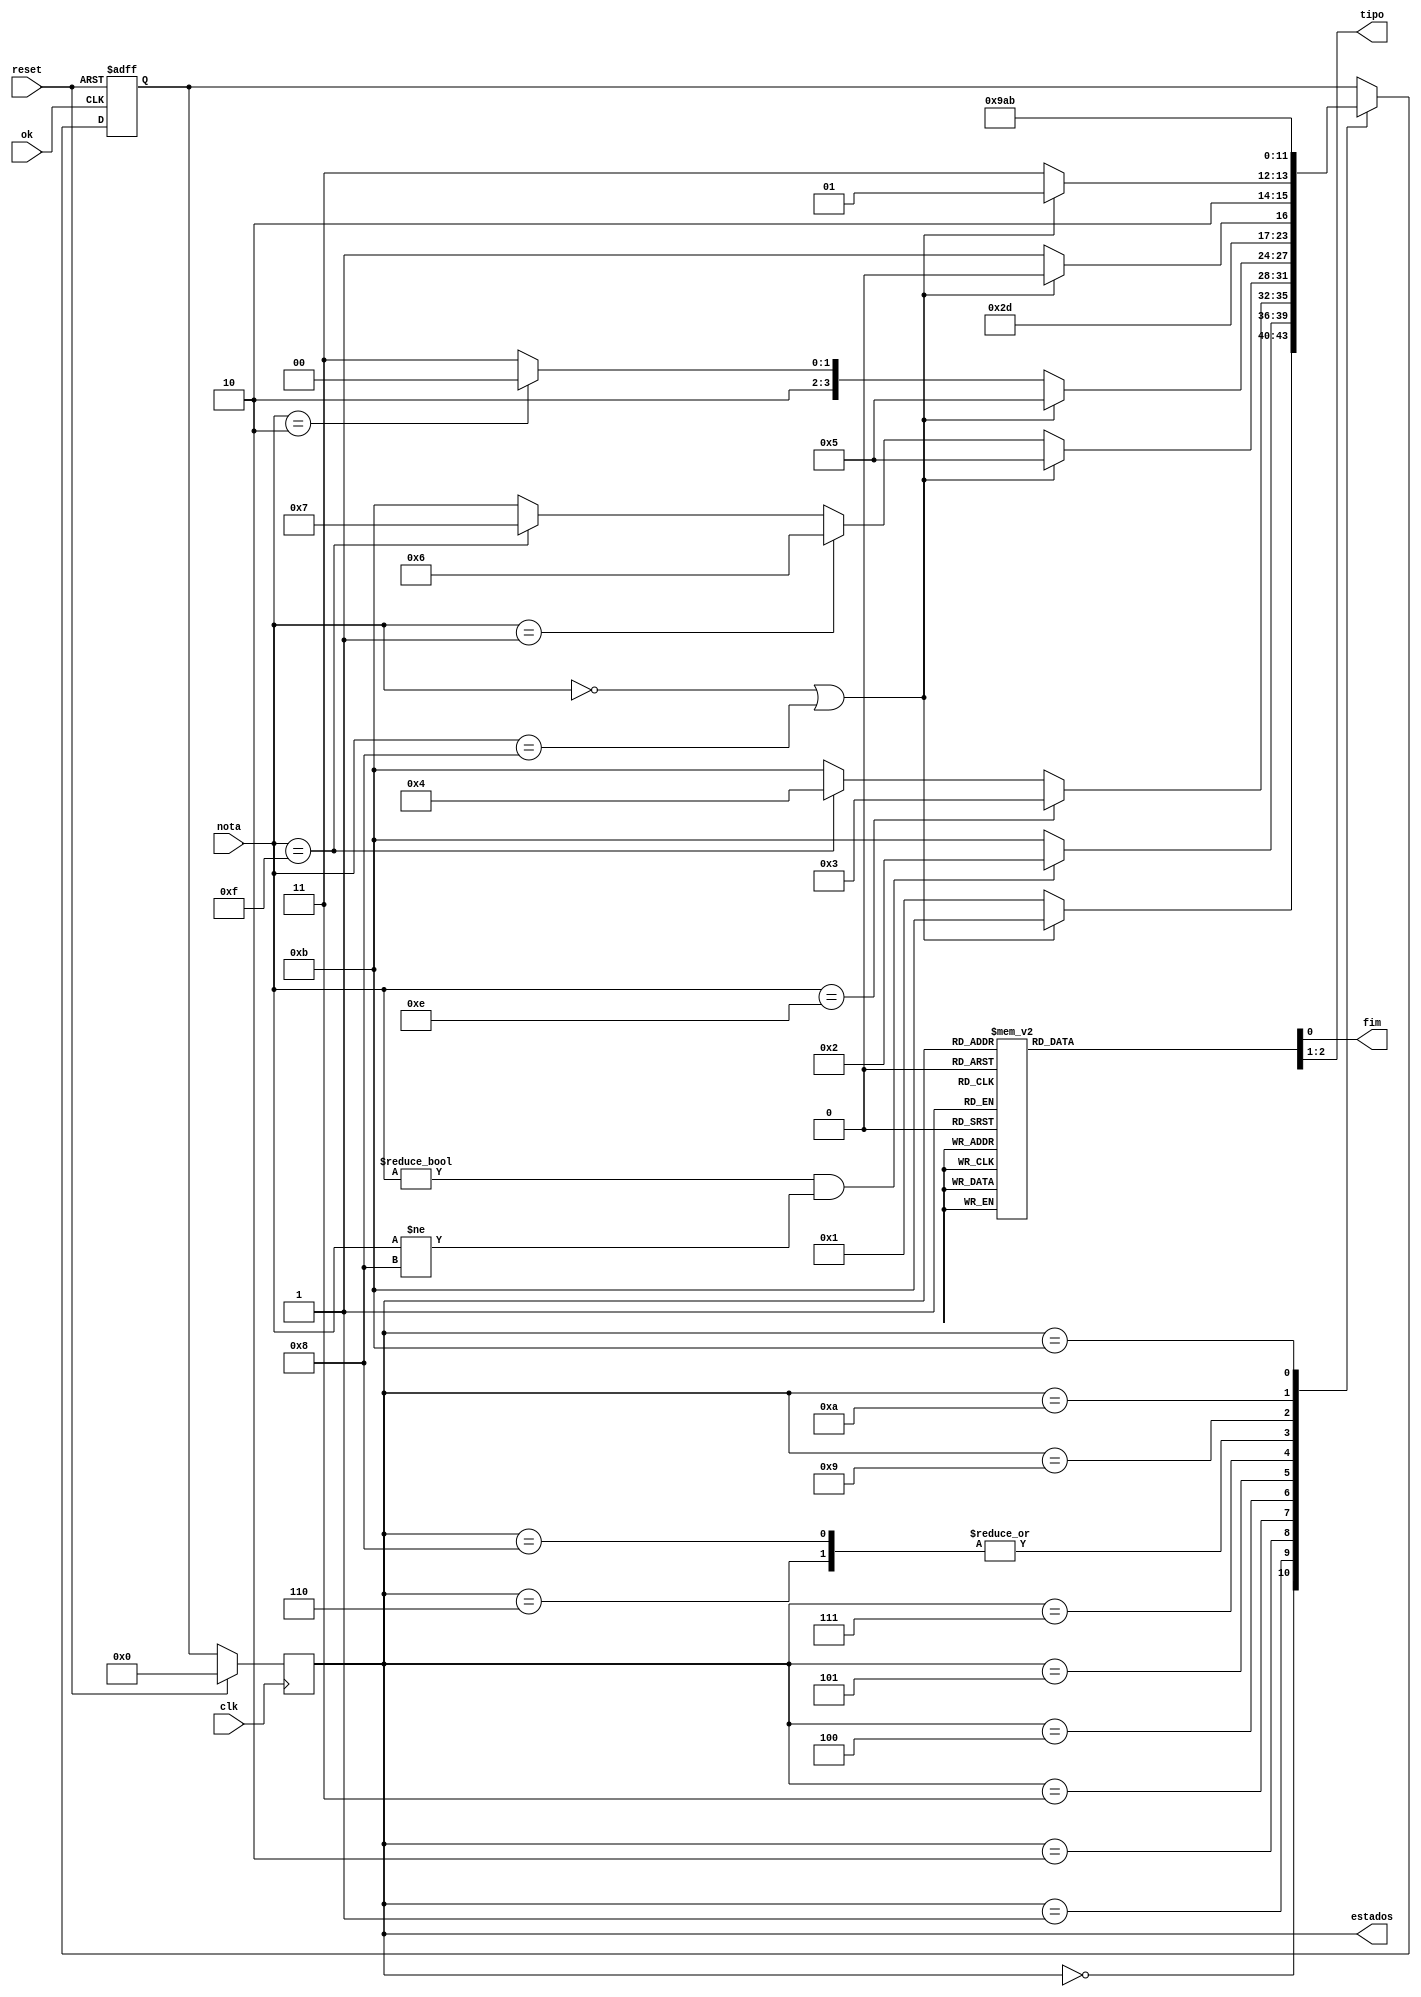
module tp2(clk,reset,ok,nota,fim,tipo,estados);
    input wire ok,reset, clk;
	input  wire [3:0] nota;
	output reg fim;
	output reg [1:0] tipo;
	

	parameter 			    estado_inicial    = 4'b0000,
	                        estado_nota1      = 4'b0001,
	                        estado_nota2      = 4'b0010, 
 	                        estado_nota3_la   = 4'b0011,
	                        estado_nota3_si   = 4'b0100,
							estado_adj	      = 4'b0101,
							estado_nota4_do   = 4'b0110,
							estado_nota4_si   = 4'b0111,
							estado_nota4_re   = 4'b1000,
							estado_comp       = 4'b1001,
							estado_adv        = 4'b1010,
							estado_erro	  	  = 4'b1011;		
    
	parameter                         nota_x1 = 4'b0000,
									      do  = 4'b0001, 
									      re  =	4'b0010,		
									      mi  =	4'b0011,
									      fa  = 4'b0100,
									      sol = 4'b0101,
									      la  = 4'b0110,
									      si  = 4'b0111,
									  nota_x2 = 4'b1000,  
										 do_m = 4'b1001,
										 re_m = 4'b1010,
									     mi_m = 4'b1011,
										 fa_m = 4'b1100,
									    sol_m = 4'b1101,
										 la_m = 4'b1110,
										 si_m = 4'b1111;

	parameter               	       tipo_nulo = 2'b00,
								       tipo_adj  = 2'b01,
 								       tipo_comp = 2'b10,
								       tipo_adv  = 2'b11;

	parameter                          finalizado = 1'b1,
							          em_processo = 1'b0;
	
	output reg[3:0] estados;
	reg [3:0] proximo_estado;

	always @(posedge clk) begin
		if(reset)
			estados = estado_inicial;
		else
			estados = proximo_estado;
	end
	
	always @(posedge ok or posedge reset) begin
		if (reset) begin
			proximo_estado = estado_inicial;
		end
		else begin
		case(estados)
			estado_inicial:begin
				if(nota == nota_x1 || nota == nota_x2)
					proximo_estado = estado_erro;
				else
					proximo_estado = estado_nota1;					
			end

			estado_nota1:begin
				if(nota != nota_x1 && nota != nota_x2) 
					proximo_estado = estado_nota2;	
				else
					proximo_estado = estado_erro;
			end

			estado_nota2:begin
				if(nota == la_m)
					proximo_estado = estado_nota3_la;
				else if(nota == si_m)
					proximo_estado = estado_nota3_si;
				else
					proximo_estado = estado_erro;
			end

			estado_nota3_la:begin
				if(nota == nota_x1 || nota == nota_x2)
					proximo_estado = estado_adj;
				else if(nota == do)
					proximo_estado = estado_nota4_do;
				else if(nota == si_m)
					proximo_estado = estado_nota4_si;			
				else
					proximo_estado = estado_erro; 
			end

			estado_nota3_si:begin
				if(nota == nota_x1 || nota == nota_x2)
					proximo_estado = estado_adj;
				else if(nota == re)
					proximo_estado = estado_nota4_re;
				else
					proximo_estado = estado_erro;
			end	

			estado_adj:begin
				proximo_estado = estado_adj;
			end
			
			estado_nota4_do: begin
			if(nota == nota_x1 || nota == nota_x2)
				proximo_estado = estado_comp;
			else
				proximo_estado = estado_erro; 
			end

			estado_nota4_si: begin
			if(nota == nota_x1 || nota == nota_x2)
				proximo_estado = estado_adv;
			else
				proximo_estado = estado_erro;
			end
			
			estado_nota4_re: begin
			if(nota == nota_x1 || nota == nota_x2)
				proximo_estado = estado_comp;
			else
				proximo_estado = estado_erro;
			end
			
			estado_comp: begin
				proximo_estado = estado_comp;		
			end
			
			estado_adv: begin
				proximo_estado = estado_adv;		
			end

			estado_erro:begin
				proximo_estado = estado_erro;	
			end
	
		endcase
		end
	end

	always @ (estados)begin
		case(estados)
			estado_erro:begin
				fim = finalizado;
				tipo = tipo_nulo; 
			end

			estado_adj:begin
				fim = finalizado;
				tipo = tipo_adj;
			end

			estado_comp:begin
				fim = finalizado;
				tipo = tipo_comp;
			end

			estado_adv:begin
				fim = finalizado;
				tipo = tipo_adv;
			end

			estado_nota3_la:begin
				fim=em_processo;
				tipo = tipo_nulo;
			end

			estado_nota3_si:begin
				fim=em_processo;
				tipo =tipo_nulo;
			end

			estado_nota4_do:begin
				fim=em_processo;
				tipo =tipo_nulo;
			end

			estado_nota4_si:begin
				fim=em_processo;
				tipo =tipo_nulo;
			end

			estado_nota4_re:begin
				fim=em_processo;
				tipo =tipo_nulo;
			end

			default:begin
				fim=em_processo;
				tipo=tipo_nulo;
			end
		endcase
	end	
endmodule